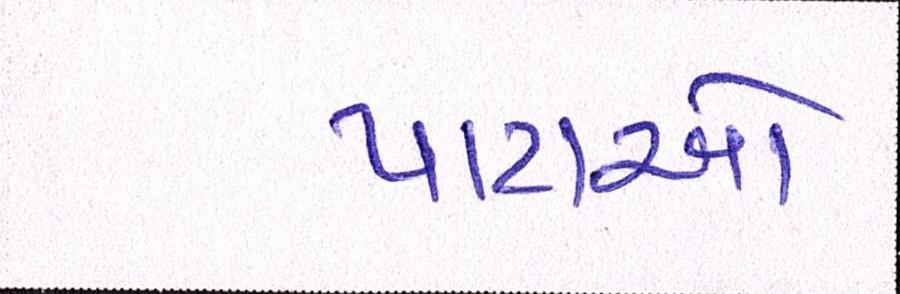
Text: પાટાઓ